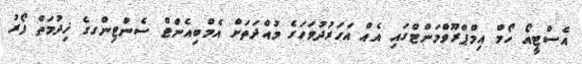
އެސްޓީއޯ ހޯމް އިމްޕްރޫވްމަންޓްގައި އެއް އަހަރުދުވަހަގެ މުއްދަތަށް އެމްބިއެންޓް ސެންޓިންގގެ ޚިދުމަތް ފޯރު